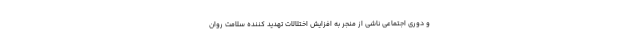
و دوری اجتماعی ناشی از منجر به افزایش اختلالات تهدید کننده سلامت روان